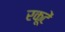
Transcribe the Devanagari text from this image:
रकूटें